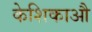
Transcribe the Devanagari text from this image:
केशिकाऔ